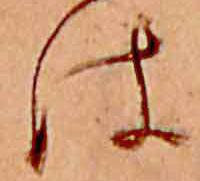
は